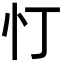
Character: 忊